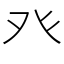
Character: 癶